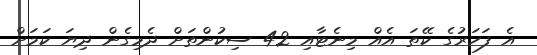
އެ ފަހަރުގެ ކޭތަ އެއް މިނެޓާއި 42 ސިކުންތަށް ދެމިގެން ދިޔަ ކަމަށް